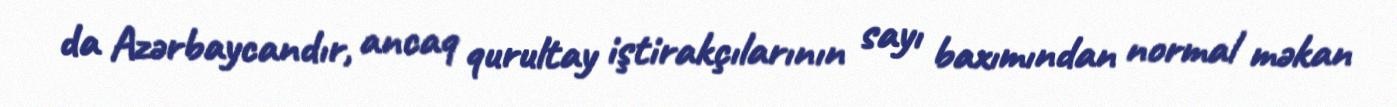
da Azərbaycandır, ancaq qurultay iştirakçılarının sayı baxımından normal məkan